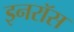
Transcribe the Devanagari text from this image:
इनरॉस